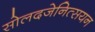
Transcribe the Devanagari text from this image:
सोलदजेनित्सयन